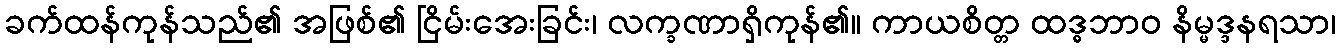
ခက်ထန်ကုန်သည်၏ အဖြစ်၏ ငြိမ်းအေးခြင်း၊ လက္ခဏာရှိကုန်၏။ ကာယစိတ္တ ထဒ္ဓဘာဝ နိမ္မဒ္ဒနရသာ၊